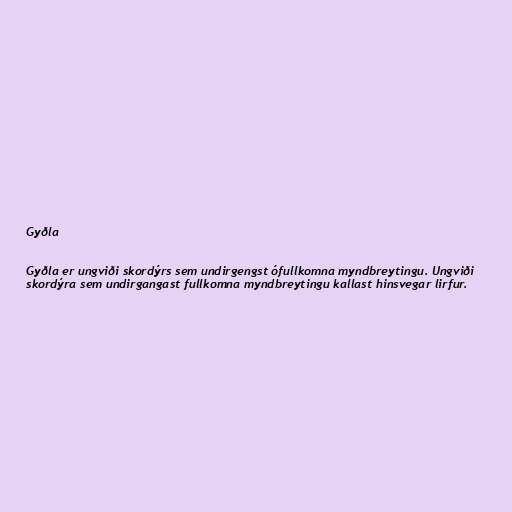
Gyðla

Gyðla er ungviði skordýrs sem undirgengst ófullkomna myndbreytingu. Ungviði
skordýra sem undirgangast fullkomna myndbreytingu kallast hinsvegar lirfur.